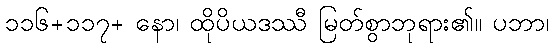
၁၁၆+၁၁၇+ နော၊ ထိုပိယဒဿီ မြတ်စွာဘုရား၏။ ပဘာ၊